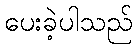
ပေးခဲ့ပါသည်